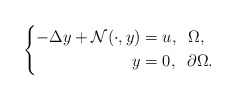
\begin{align*}\left \{\begin{aligned}-\Delta y + \mathcal{N}(\cdot, y)&=u, \;\; \Omega,\\y&=0, \;\; \partial \Omega.\end{aligned}\right. \end{align*}